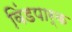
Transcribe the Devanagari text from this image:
विंडपार्क